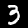
Label: 3